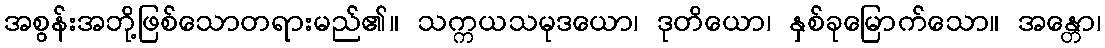
အစွန်းအဘို့ဖြစ်သောတရားမည်၏။ သက္ကယသမုဒယော၊ ဒုတိယော၊ နှစ်ခုမြောက်သော။ အန္တော၊